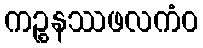
ကဉ္စနဿဖလကံဝ